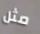
مثل